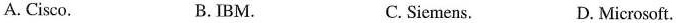
A. Cisco. B.IBM. C. Siemens. D. Microsoft.